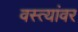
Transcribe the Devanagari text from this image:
वस्त्यांवर